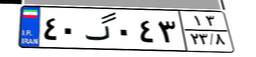
۰۰گ۱۱۱۳۱